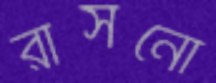
রাসনো